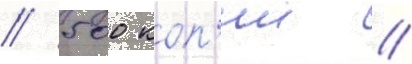
/ 500 коп'ии //